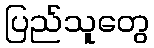
ပြည်သူတွေ